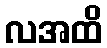
လအထိ